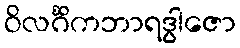
ဝိလင်္ဂိကဘာရဒွါဇော